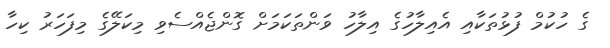
ގެ ހުކުމް ފުޅުތަކާއި އެއިލާހުގެ އިލާހު ވަންތަކަމަށް ގޮންޖެއްސެވި މިކަލޭގެ މިފަހަރު ކިހާ